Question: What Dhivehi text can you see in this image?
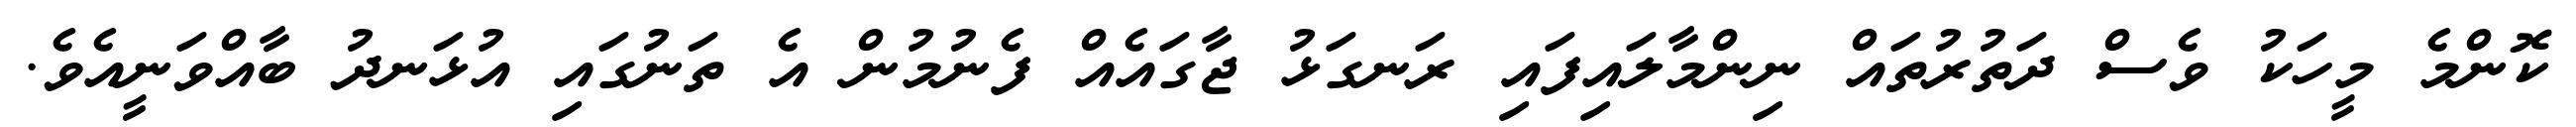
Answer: ކޮންމެ މީހަކު ވެސް ދަތުރުތައް ނިންމާލައިފައި ރަނގަޅު ޖާގައެއް ފެނުމުން އެ ތަނުގައި އުޅަނދު ބާއްވަނީއެވެ.